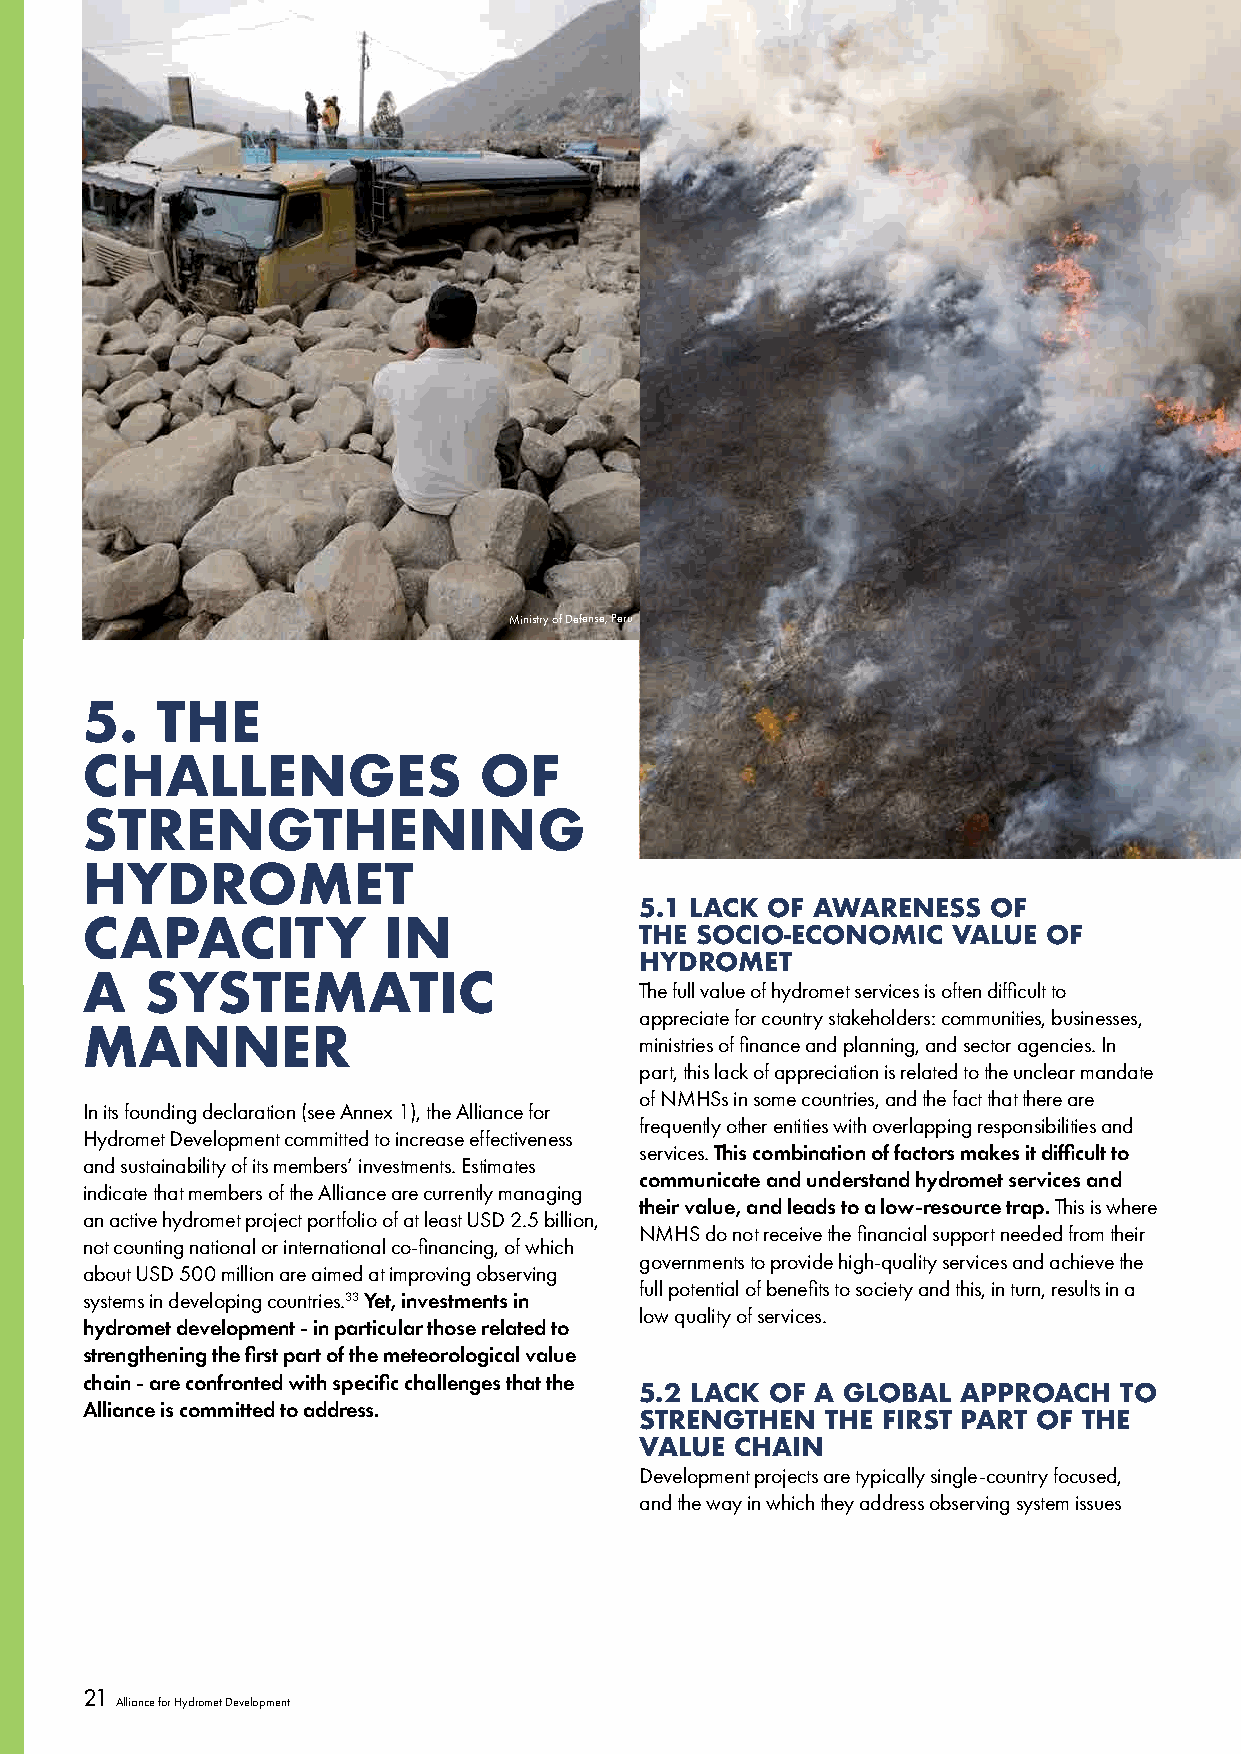
[insert running chapter section]
 Ministry of Defense, Peru
 5.   THE
 CHALLENGES                 OF
 STRENGTHENING
 HYDROMET
 5.1 LACK OF AWARENESS   OF
 CAPACITY            IN               THE SOCIO-ECONOMIC   VALUE OF
 HYDROMET
 A    SYSTEMATIC                      The full value of hydromet services is often difficult to
 appreciate for country stakeholders: communities, businesses,
 MANNER                               ministries of finance and planning, and sector agencies. In
 part, this lack of appreciation is related to the unclear mandate
 of NMHSs in some countries, and the fact that there are
 In its founding declaration (see Annex 1), the Alliance for
 frequently other entities with overlapping responsibilities and
 Hydromet Development committed to increase effectiveness
 services. This combination of factors makes it difficult to
 and sustainability of its members’ investments. Estimates
 communicate and understand hydromet services and
 indicate that members of the Alliance are currently managing
 their value, and leads to a low-resource trap. This is where
 an active hydromet project portfolio of at least USD 2.5 billion,
 NMHS do not receive the financial support needed from their
 not counting national or international co-financing, of which
 governments to provide high-quality services and achieve the
 about USD 500 million are aimed at improving observing
 full potential of benefits to society and this, in turn, results in a
 systems in developing countries.33 Yet, investments in
 low quality of services.
 hydromet development - in particular those related to
 strengthening the first part of the meteorological value
 chain - are confronted with specific challenges that the
 5.2 LACK OF A GLOBAL  APPROACH  TO
 Alliance is committed to address.
 STRENGTHEN   THE FIRST PART OF THE
 VALUE  CHAIN
 Development projects are typically single-country focused,
 and the way in which they address observing system issues
 21
 Alliance for Hydromet Development